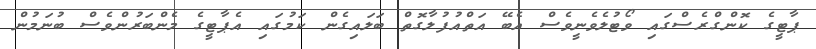
ޕާޓީގެ ކޮންގްރެސްގައި ވޯޓުލެވެނީވެސް އެބޭ އަތްއުފުލާގޮތް ބަލައިގެން ކަމުގައި އެޕާޓީގެ މެންބަރުންވެސް ބުނަމުން